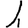
Digit: 1